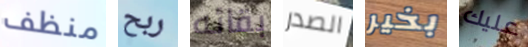
منظف ربح بقائه الصدر بخير عليك